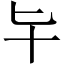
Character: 𠤏